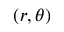
( r , \theta )